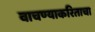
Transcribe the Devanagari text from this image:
वाचण्याकरिताचा